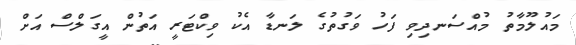
މައުލޫމާތު މުއްސަނދިވި ފަހު ވަގުތުގެ ލަނޑާ އެކު ވިކްޓަރީ އަތުން އީގަލްސް އަށް